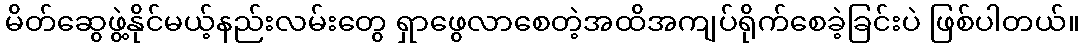
မိတ်ဆွေဖွဲ့နိုင်မယ့်နည်းလမ်းတွေ ရှာဖွေလာစေတဲ့အထိအကျပ်ရိုက်စေခဲ့ခြင်းပဲ ဖြစ်ပါတယ်။